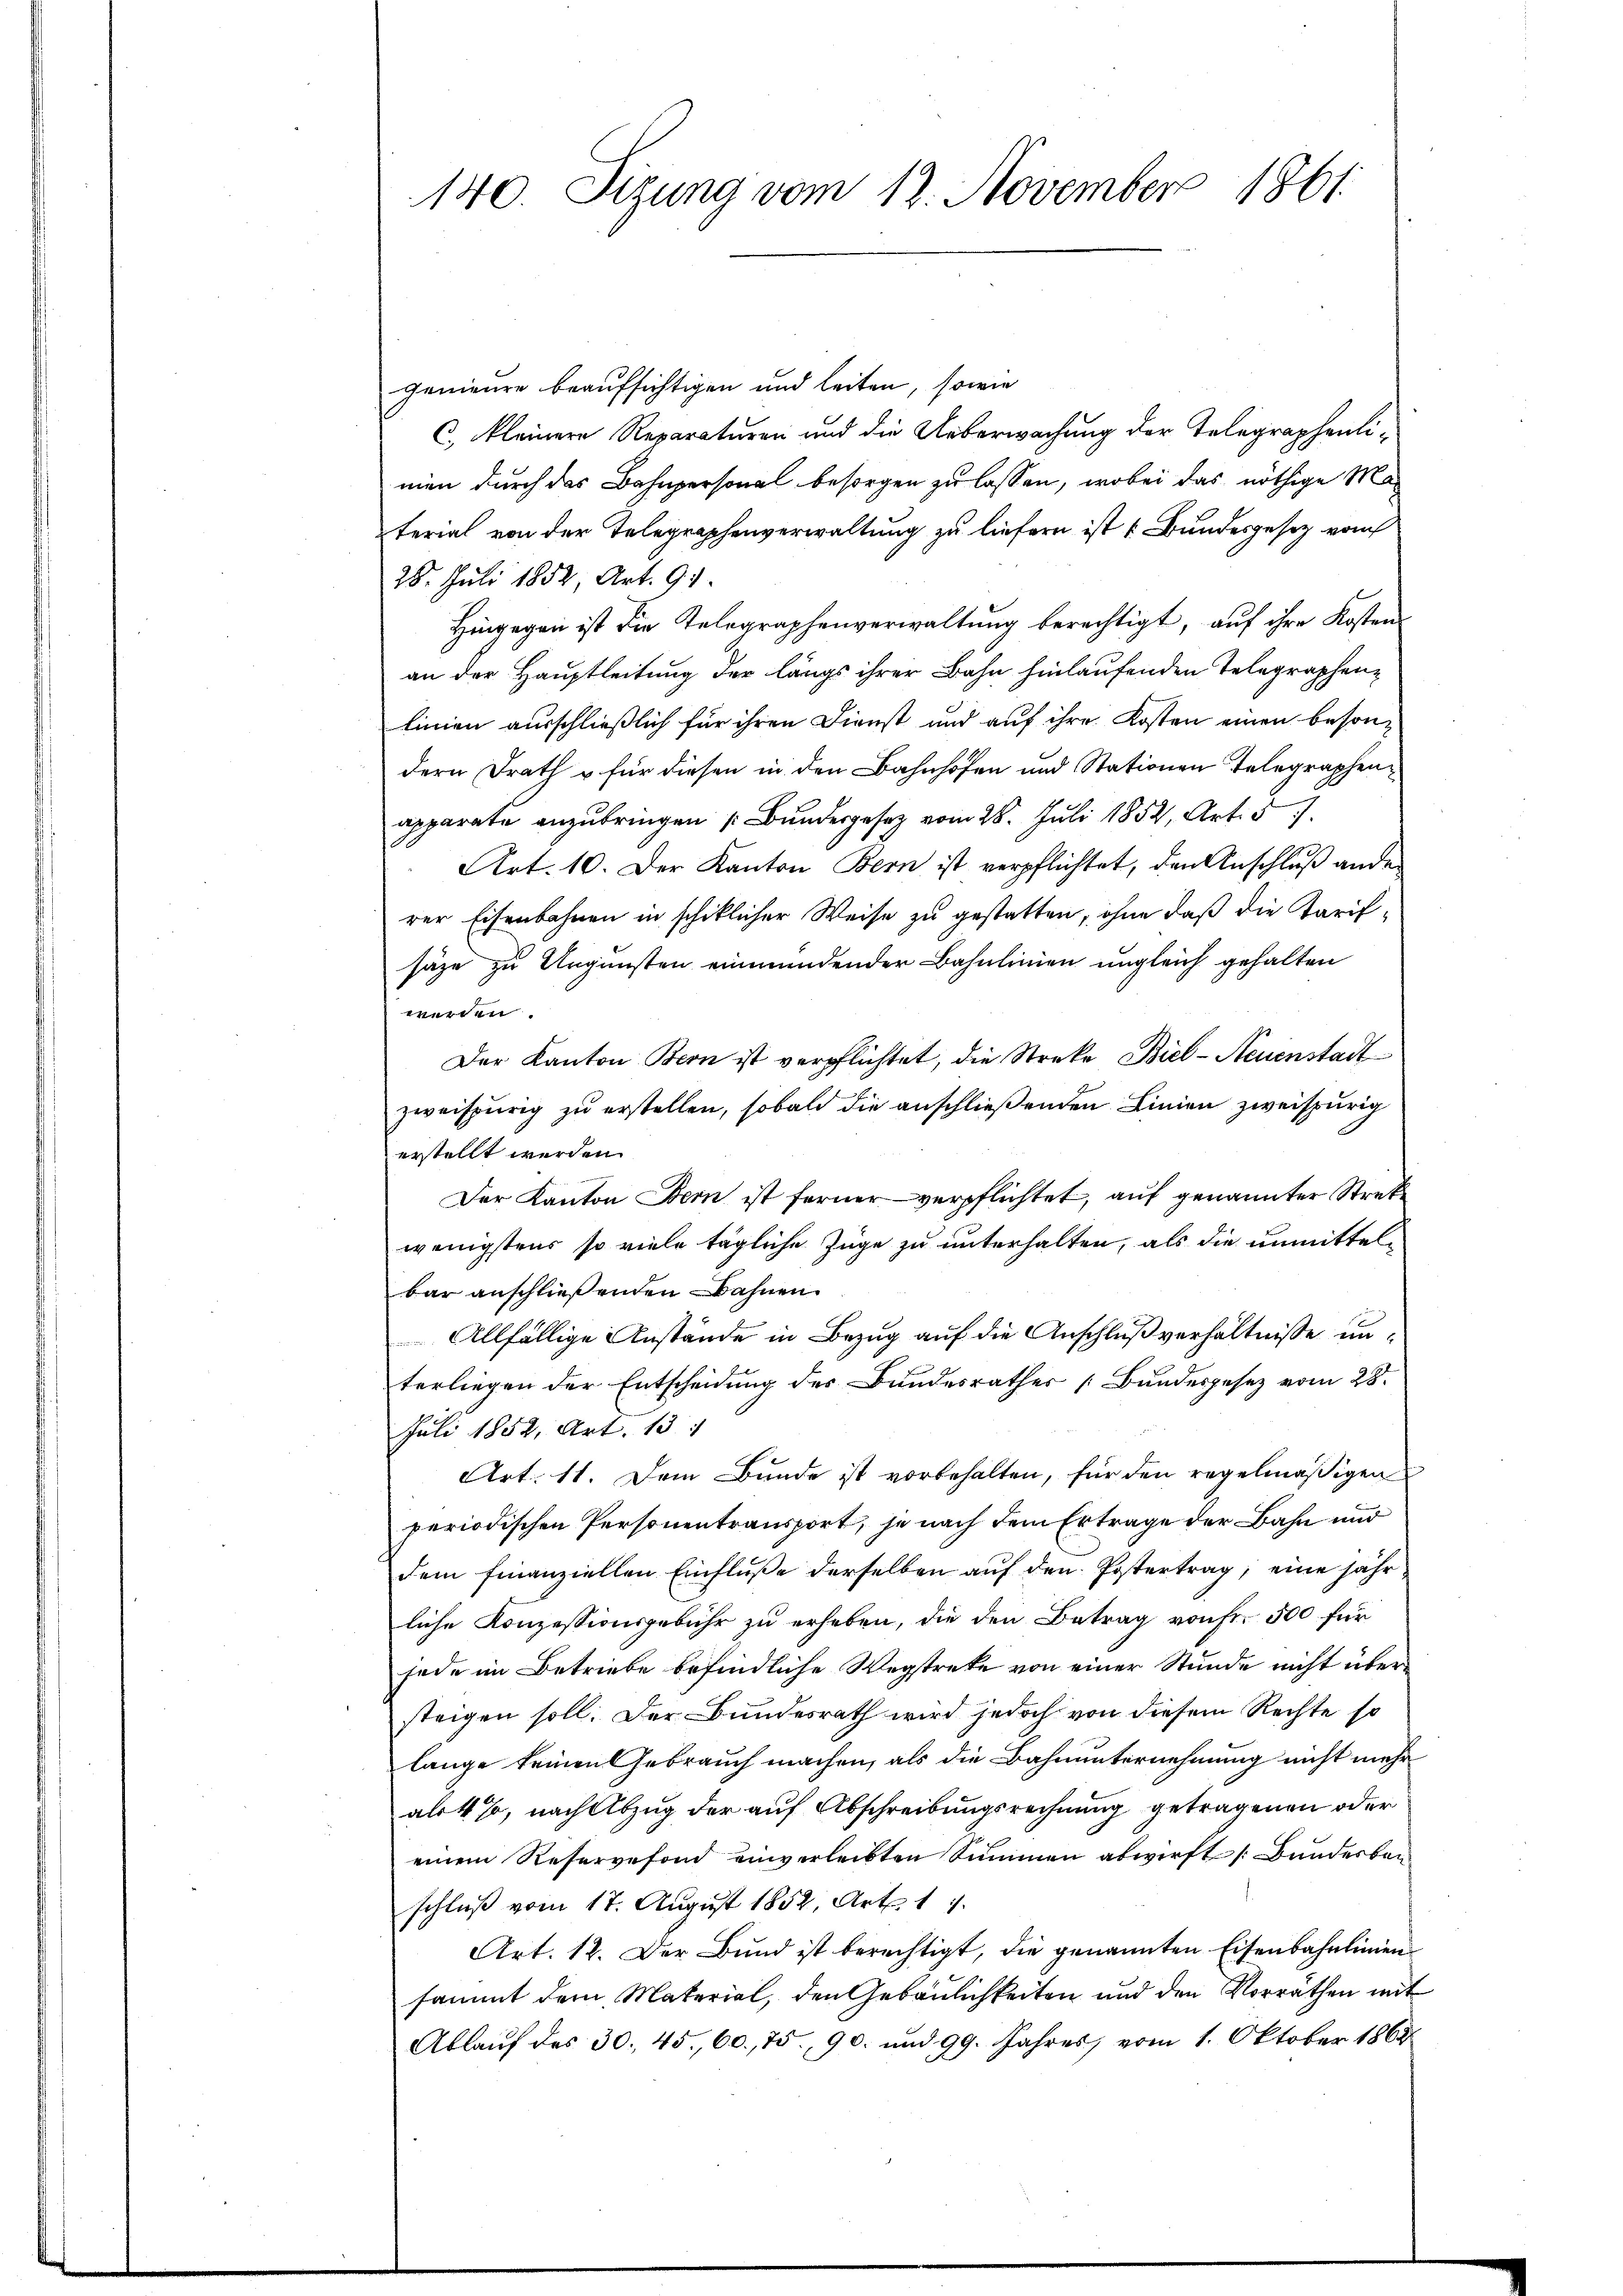
genieure beaufsichtigen und leiten, sowie
C. kleinere Reparaturen und die Ueberwachung der Telegraphenlimen durch das Bahnpersonal besorgen zu lassen, wobei das nöthige Material von der Telegraphenverwaltung zu liefern ist u. Bundesgesetz vom
28. Juli 1852, Art. 91.
Hingegen ist die Telegraphenverwaltung berechtigt, auf ihre Kosten
an der Hauptleitung der längs ihrer Bahn hinlaufenden Telegraphenlinien ausschließlich für ihren Dienst und auf ihre Kosten einen besondern Drath u für diesen in den Bahnhofen und Stationen Telegraphenapparate anzŭbringen Bŭndesgesetz vom 28. Juli 1852, Art. 57
Art. 10. Der Kanton Bern ist verpflichtet, den Anschluß ander
rer Eisenbahnen in schiklicher Weise zu gestatten, ohne daß die Tarifsäze zu Ungunsten einmündender Bahnlinien ungleich gehalten
werden
Der Kanton Bern ist verpflichtet, die Streke Biel-Neuenstadt
zweispurig zu erstellen, sobald die anschließenden Linien zweispurig
erstellt werden.
Der Kanton Bern ist ferner verpflichtet, auf genannter Strekwenigstens so viele tägliche Züge zu unterhalten, als die unmittelbar anschließenden Bahnen.
Allfällige Anstände in Bezug auf die Anschluß verhältnisse unterliegen der Entscheidung des Bundesrathes [Bundesgesez vom 28.
Juli 1852, Art. 137
Art. 11. Dem Bunde ist vorbehalten, für den regelmäßigen
periodischen Personentransport, je nach dem Ertrage der Bahn und
dem finanziellen Einfluße derselben auf den Postertrag; eine jähr
liche Konzessionsgebühr zu erheben, die den Betrag von fr. 500 für
jede im Betriebe befindliche Wegstreke von einer Stunde nicht übersteigen soll. Der Bundesrath wird jedoch von diesem Rechte so
lange keinen Gebrauch machen, als die Bahnunternehmung nicht mehr
al 4%, nach Abzug der auf Abschreibungsrechnung getragenen oder
einem Reservefond einverleibten Summen abwirft (Bundesber
schluß vom 17. August 1852, Art. 11.
Art. 12. Der Bund ist berechtigt, die genannten Eisenbahnlinien
sammt dem Material, den Gebäulichkeiten und den Vorräthen mit
Ablauf des 30. 45., 60. 75. 90. und 99. Jahres, vom 1. Oktober 1862

140. Sizung vom 12. November 1861